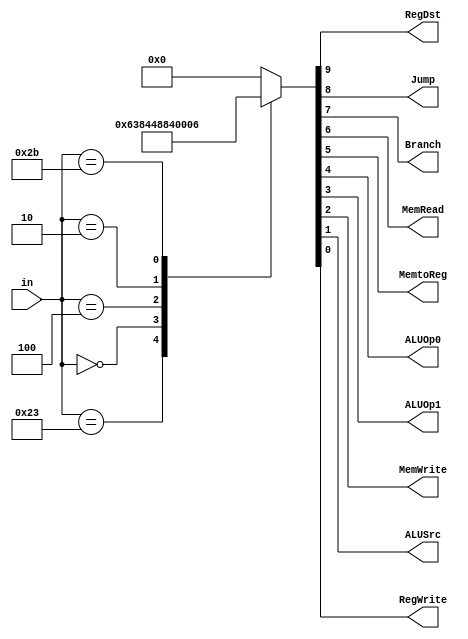
`timescale 1ns / 1ps
//////////////////////////////////////////////////////////////////////////////////
// Company: 
// Engineer: 
// 
// Design Name: 
// Module Name: controller
// Project Name: 
// Target Devices: 
// Tool Versions: 
// Description: 
// 
// Dependencies: 
// 
// Revision:
// Revision 0.01 - File Created
// Additional Comments:
// 
//////////////////////////////////////////////////////////////////////////////////


module Controller(in,RegDst,Jump,Branch,MemRead,MemtoReg,ALUOp0,ALUOp1,MemWrite,ALUSrc,RegWrite);
    input [5:0]in;
    output RegDst,Jump,Branch,MemRead,MemtoReg,ALUOp0,ALUOp1,MemWrite,ALUSrc,RegWrite;
    reg [9:0]signal;
    function [9:0]out;
        input [5:0]in;
        begin
            case(in)
                6'b100011:out=10'b0001100011;//lw
                6'b000000:out=10'b1000010001;//addsub
                6'b000100:out=10'b0010001000;//if
                6'b000010:out=10'b0100000000;//jump
                6'b101011:out=10'b0000000110;//sw
                default:out=10'b000000000;
            endcase
        end
    endfunction
    assign {RegDst,Jump,Branch,MemRead,MemtoReg,ALUOp0,ALUOp1,MemWrite,ALUSrc,RegWrite}=out(in);
endmodule